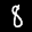
Label: 8